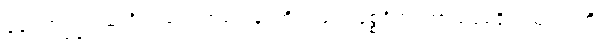
ခေါ၊ အကြင်သူတို့သည်။ ကာယေန၊ ကိုယ်ဖြင့်။ ဒုစ္စရိတံ၊ ကာယဒုစရိုက်သုံးပါးကို။